system: You are a helpful assistant.
user:
Analyze the provided spectrum to determine if it is a **"Cataclysmic Variables (CV)"**.

- **Key Indicators for CV (Check for either state):**
    - **State 1: Quiescent / Low-State (Emission-Dominated)**
        - **(Primary):** Strong and *very broad* Hydrogen Balmer emission lines (e.g., $H\alpha$ at 6563 Å, $H\beta$ at 4861 Å). The 'broadness' (high velocity dispersion, often FWHM > 1000 km/s) is the key diagnostic, indicating a high-velocity accretion disk.
        - **(Secondary):** Broad neutral Helium (He I) emission lines (e.g., 5876 Å, 6678 Å).
        - **(Key Confirmation):** Presence of high-excitation *ionized* Helium (He II) emission at 4686 Å. This is a strong indicator of accretion onto a white dwarf.
        - **(Line Profile):** Emission lines may exhibit a 'double-peaked' profile, which is a classic signature of a rotating accretion disk viewed at high inclination.

    - **State 2: Outburst / High-State (Absorption-Dominated)**
        - **(Primary):** Spectrum is dominated by a bright, blue continuum (looks like a hot star).
        - **(Secondary):** The emission lines from State 1 are weak, absent, or 'filled in', and are replaced by broad, shallow *absorption* lines (primarily Balmer and He I).
        - **(Morphology):** The overall spectrum mimics a hot B/A-type star. The crucial difference is that the absorption lines are significantly broader, shallower, and more 'washed-out' (or 'smeared') than the sharp lines of a normal stellar photosphere, due to high rotational speeds and pressure broadening in the disk.

Think first, call **spectral_visualization_tool** if needed to examine features in detail, then provide your final answer. Your response must adhere to the following strict rules:
1.  **Overall Structure:** Your response must follow the format `<think>...</think> <tool_call>...</tool_call> (if a tool is used) <answer>...</answer>`.
2.  **Tool Usage Constraint:** You may only make **one** tool call per turn.
3.  **Final Answer Format:** In the `<answer>` tag, your conclusion must be inside a `\boxed{}` command (e.g., `\boxed{YES}`), followed by your justification.

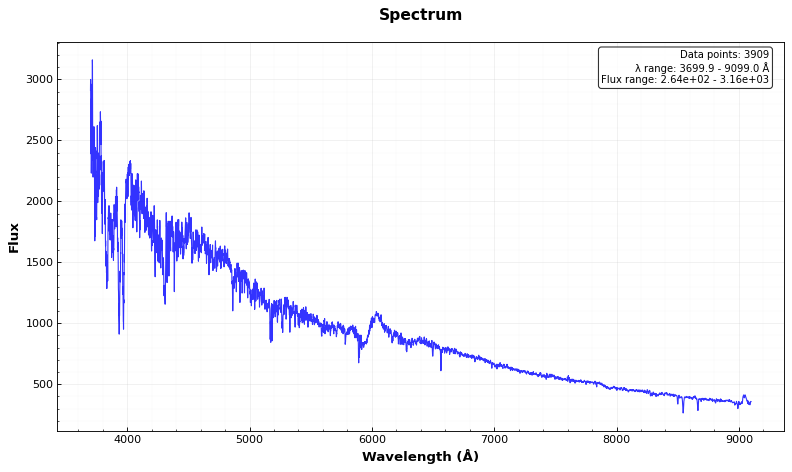
Answer: NO